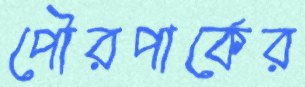
পৌরপার্কের